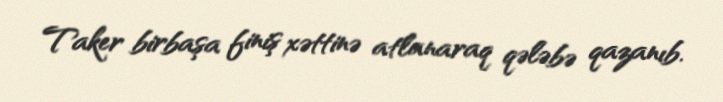
Taker birbaşa finiş xəttinə atlanaraq qələbə qazanıb.